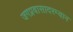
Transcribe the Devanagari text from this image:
जगप्रवासादरम्यान